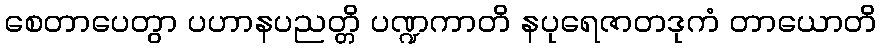
စေတာပေတွာ ပဟာနပညတ္တိ ပဏ္ဍကာတိ နပုရေဇာတဒုကံ တာယောတိ